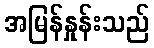
အမြန်နှုန်းသည်